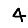
Digit: 4